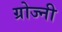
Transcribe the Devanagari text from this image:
ग्रोज्नी